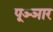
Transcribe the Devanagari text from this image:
पूञ्ञार